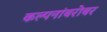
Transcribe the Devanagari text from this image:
कल्पनांबरोबर